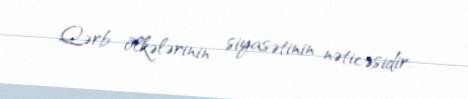
Qərb ölkələrinin siyasətinin nəticəsidir.